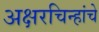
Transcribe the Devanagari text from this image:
अक्षरचिन्हांचे